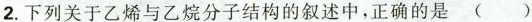
2. 下列关于乙烯与乙烷分子结构的叙述中，正确的是 ( )